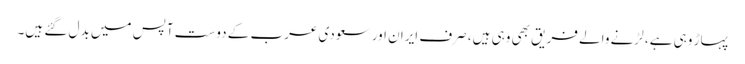
پہاڑ وہی ہے، لڑنے والے فریق بھی وہی ہیں، صرف ایران اور سعودی عرب کے دوست آپس میں بدل گئے ہیں۔